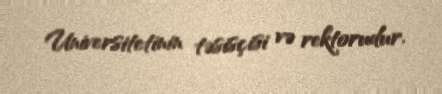
Universitetinin təsisçisi və rektorudur.